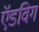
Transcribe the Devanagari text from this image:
ऍडविग